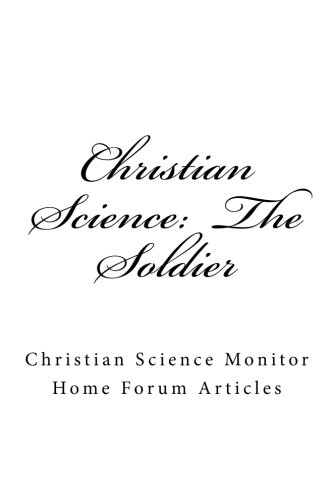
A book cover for Christian Science:  The Soldier; Footsteps Of His Flock; Christian Books & Bibles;